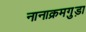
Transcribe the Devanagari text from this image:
नानाक्रमगुड़ा